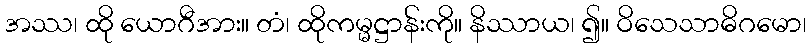
အဿ၊ ထို ယောဂီအား။ တံ၊ ထိုကမ္မဋ္ဌာန်းကို။ နိဿာယ၊ ၍။ ဝိသေသာဓိဂမော၊